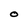
Character: O